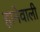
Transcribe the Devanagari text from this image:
हानेवाली